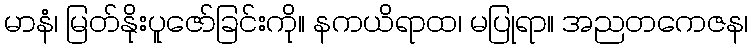
မာနံ၊ မြတ်နိုးပူဇော်ခြင်းကို။ နကယိရာထ၊ မပြုရာ။ အညတကေဇန၊